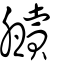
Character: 贕